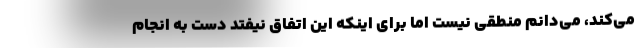
می‌کند، می‌دانم منطقی نیست اما برای اینکه این اتفاق نیفتد دست به انجام